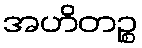
အဟိတဉ္စ